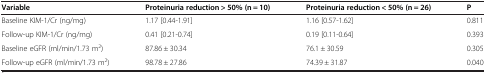
| Variable | Proteinuria reduction > 50% (n = 10) | Proteinuria reduction < 50% (n = 26) | P |
 | --- | --- | --- | --- |
 | Baseline KIM-1/Cr (ng/mg) | 1.17 [0.44-1.91] | 1.16 [0.57-1.62] | 0.811 |
 | Follow-up KIM-1/Cr (ng/mg) | 0.41 [0.21-0.74] | 0.19 [0.11-0.64] | 0.393 |
 | Baseline eGFR (ml/min/1.73 m2) | 87.86 ± 30.34 | 76.1 ± 30.59 | 0.305 |
 | Follow-up eGFR (ml/min/1.73 m2) | 98.78 ± 27.86 | 74.39 ± 31.87 | 0.040 |